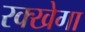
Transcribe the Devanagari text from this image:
रक्खेगा